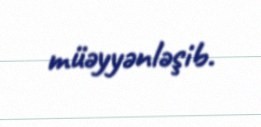
müəyyənləşib.